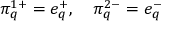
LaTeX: \pi _ { q } ^ { 1 + } = e _ { q } ^ { + } , \quad \pi _ { q } ^ { 2 - } = e _ { q } ^ { - }